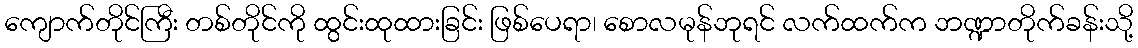
ကျောက်တိုင်ကြီး တစ်တိုင်ကို ထွင်းထုထားခြင်း ဖြစ်ပေရာ၊ စောလမုန်ဘုရင် လက်ထက်က ဘဏ္ဍာတိုက်ခန်းသို့